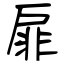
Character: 扉